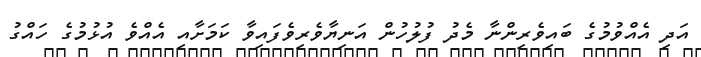
އަދި އެއްވުމުގެ ބައިވެރިންނާ މެދު ފުލުހުން އަނިޔާވެރިވެފައިވާ ކަމަށާއި އެއްވެ އުޅުމުގެ ހައްގު